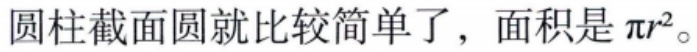
圆柱截面圆就比较简单了，面积是\(\pi r^{2}\)。